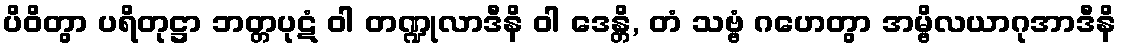
ပိဝိတွာ ပရိတုဋ္ဌာ ဘတ္တပုဋံ ဝါ တဏ္ဍုလာဒီနိ ဝါ ဒေန္တိ, တံ သဗ္ဗံ ဂဟေတွာ အမ္ဗိလယာဂုအာဒီနိ